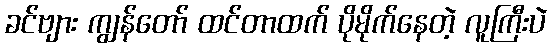
ခင်ဗျား ကျွန်တော် ထင်တာထက် ပိုမိုက်နေတဲ့ လူကြီးပဲ